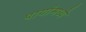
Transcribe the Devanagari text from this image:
पायांमध्ये